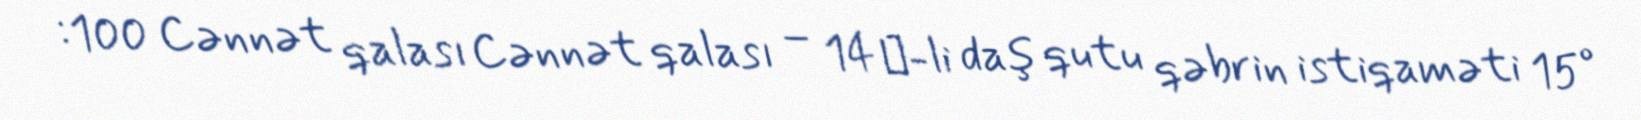
:100 Cənnət qalası Cənnət qalası – 14 №-li daş qutu qəbrin istiqaməti 15°